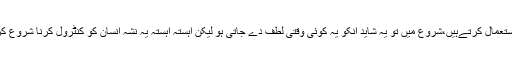
کچھ لوگ اپنے حالات سے فرار کے لیے اسے استعمال کرتےہیں،شروع میں تو یہ شاید انکو یہ کوئی وقتی لطف دے جاتی ہو لیکن آہستہ آہستہ یہ نشہ انسان کو کنٹرول کرنا شروع کردیتا ہے اور انسان اسکا غلام بن کر رہ جاتا ہے۔